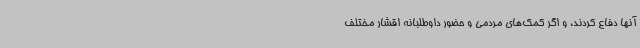
آنها دفاع کردند، و اگر کمک‌های مردمی و حضور داوطلبانه اقشار مختلف